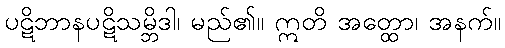
ပဋိဘာနပဋိသမ္ဘိဒါ၊ မည်၏။ ဣတိ အတ္ထော၊ အနက်။